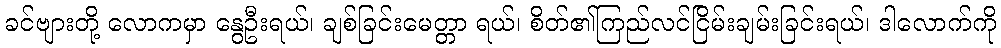
ခင်ဗျားတို့ လောကမှာ နွေဦးရယ်၊ ချစ်ခြင်းမေတ္တာ ရယ်၊ စိတ်၏ကြည်လင်ငြိမ်းချမ်းခြင်းရယ်၊ ဒါလောက်ကို